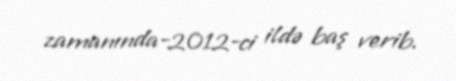
zamanında-2012-ci ildə baş verib.